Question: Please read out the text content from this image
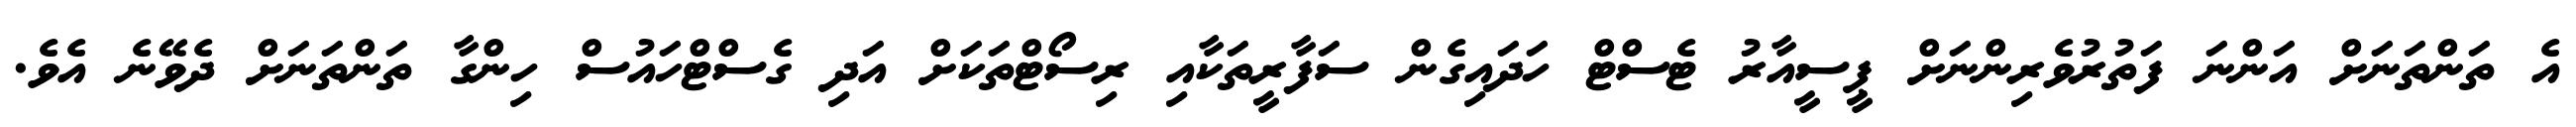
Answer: އެ ތަންތަނަށް އަންނަ ފަތުރުވެރިންނަށް ޕީސީއާރު ޓެސްޓް ހަދައިގެން ސަފާރީތަކާއި ރިސޯޓްތަކަށް އަދި ގެސްޓްހައުސް ހިންގާ ތަންތަނަށް ދެވޭނެ އެވެ.